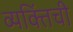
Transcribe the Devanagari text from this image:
व्यक्तिंची